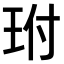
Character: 𤤕